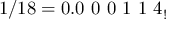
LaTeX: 1 / 1 8 = 0 . 0 \ 0 \ 0 \ 1 \ 1 \ 4 _ { ! }